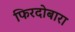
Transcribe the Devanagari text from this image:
फिरदोबारा